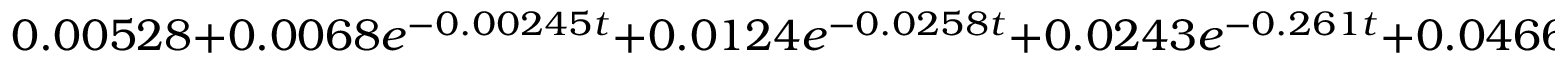
0 . 0 0 5 2 8 + 0 . 0 0 6 8 e ^ { - 0 . 0 0 2 4 5 t } + 0 . 0 1 2 4 e ^ { - 0 . 0 2 5 8 t } + 0 . 0 2 4 3 e ^ { - 0 . 2 6 1 t } + 0 . 0 4 6 6 e ^ { - 2 . 6 9 t } + 0 . 0 8 5 7 e ^ { - 2 8 . 6 t } + 0 . 1 4 9 e ^ { - 3 1 8 t } + 0 . 2 4 2 e ^ { - 3 . 7 8 e + 0 3 t } + 0 . 4 2 7 e ^ { - 5 . 4 6 e + 0 4 t }